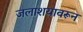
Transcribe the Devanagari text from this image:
जलाशयावरून